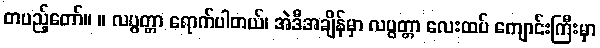
တပည့်တော်။ ။ လပွတ္တာ ရောက်ပါတယ်၊ အဲဒီအချိန်မှာ လပွတ္တာ လေးထပ် ကျောင်းကြီးမှာ